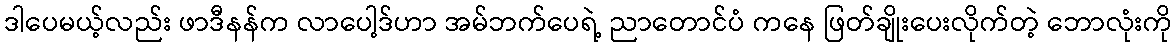
ဒါပေမယ့်လည်း ဖာဒီနန်က လာပေါ့ဒ်ဟာ အမ်ဘက်ပေရဲ့ ညာတောင်ပံ ကနေ ဖြတ်ချိုးပေးလိုက်တဲ့ ဘောလုံးကို